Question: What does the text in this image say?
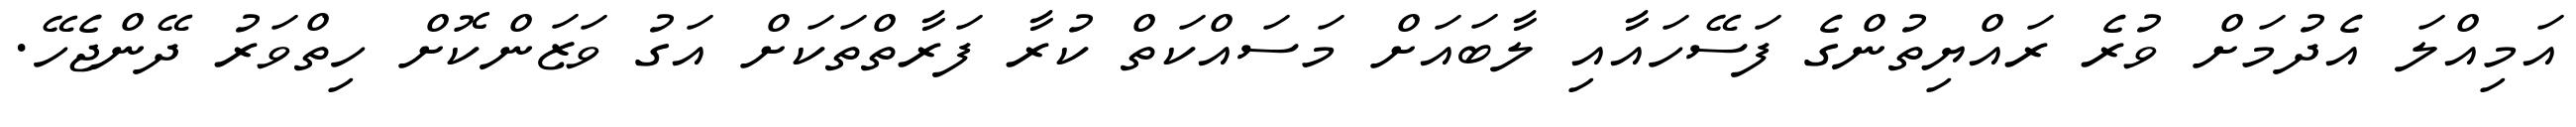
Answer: އަމިއްލަ އެދުމަށް ވުރެ ރައްޔިތުންގެ ފަސޭހައާއި ލާބައަށް މަސައްކަތް ކުރާ ފަރާތްތަކަށް އަގު ވަޒަންކޮށް ހިތްވަރު ދޭންޖެހޭ.